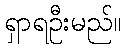
ရှာရဦးမည်။